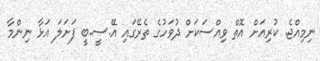
ނިމިއްޖެ. ކުރިއަށް އޮތް ވިއްސަކަށް ދުވަހުގެ ތެރޭގައި އޭ.ސީ.ބީ ފަށަލަ އަޅާ ނިންމާ